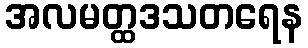
အလမတ္ထဒသတရေန